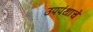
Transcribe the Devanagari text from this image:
उपपंथाचे